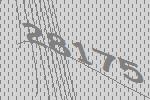
28175